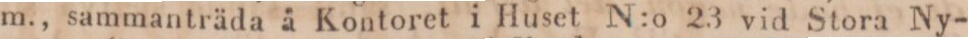
m., sammanträda å Kontoret i Huset N:o 23 vid Stora Ny-